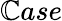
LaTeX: \mathbb{C}ase